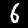
Label: 6